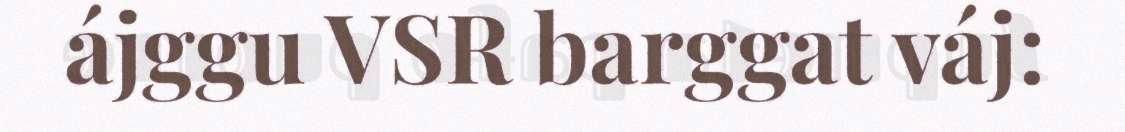
ájggu VSR barggat váj: